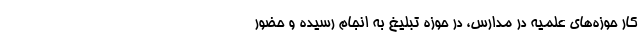
کار حوزه‌های علمیه در مدارس، در حوزه تبلیغ به انجام رسیده و حضور